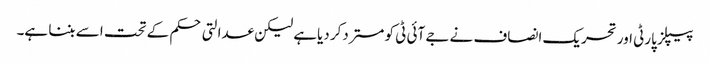
پیپلز پارٹی اور تحریک انصاف نے جے آئی ٹی کو مستردکر دیاہے لیکن عدالتی حکم کے تحت اسے بننا ہے۔